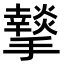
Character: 𭣆